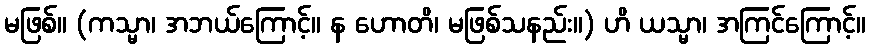
မဖြစ်။ (ကသ္မာ၊ အဘယ်ကြောင့်။ န ဟောတိ၊ မဖြစ်သနည်း။) ဟိ ယသ္မာ၊ အကြင်ကြောင့်။